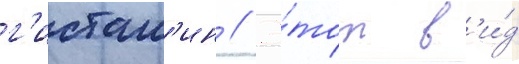
г'истам'ин // Э́тот в'и́д